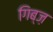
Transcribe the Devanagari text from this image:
गिब्ज़